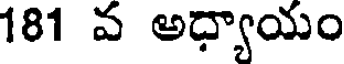
181 వ అధ్యాయం